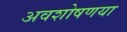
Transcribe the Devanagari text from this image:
अवशोषणया